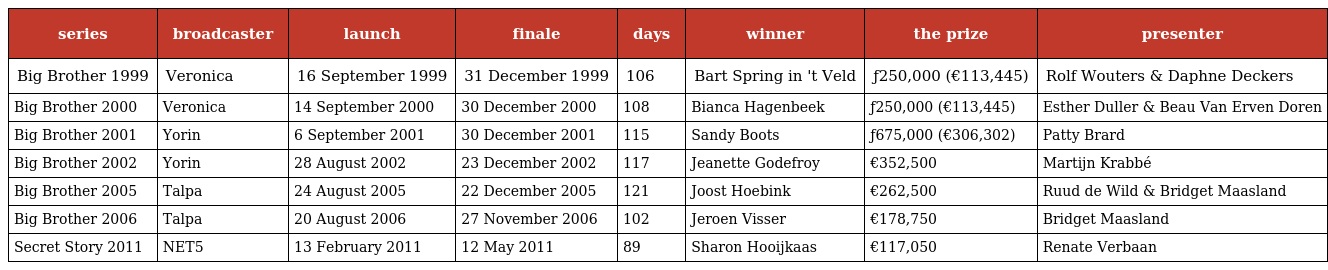
| series | broadcaster | launch | finale | days | winner | the prize | presenter |
 | --- | --- | --- | --- | --- | --- | --- | --- |
 | Big Brother 1999 | Veronica | 16 September 1999 | 31 December 1999 | 106 | Bart Spring in 't Veld | ƒ250,000 (€113,445) | Rolf Wouters & Daphne Deckers |
 | Big Brother 2000 | Veronica | 14 September 2000 | 30 December 2000 | 108 | Bianca Hagenbeek | ƒ250,000 (€113,445) | Esther Duller & Beau Van Erven Doren |
 | Big Brother 2001 | Yorin | 6 September 2001 | 30 December 2001 | 115 | Sandy Boots | ƒ675,000 (€306,302) | Patty Brard |
 | Big Brother 2002 | Yorin | 28 August 2002 | 23 December 2002 | 117 | Jeanette Godefroy | €352,500 | Martijn Krabbé |
 | Big Brother 2005 | Talpa | 24 August 2005 | 22 December 2005 | 121 | Joost Hoebink | €262,500 | Ruud de Wild & Bridget Maasland |
 | Big Brother 2006 | Talpa | 20 August 2006 | 27 November 2006 | 102 | Jeroen Visser | €178,750 | Bridget Maasland |
 | Secret Story 2011 | NET5 | 13 February 2011 | 12 May 2011 | 89 | Sharon Hooijkaas | €117,050 | Renate Verbaan |